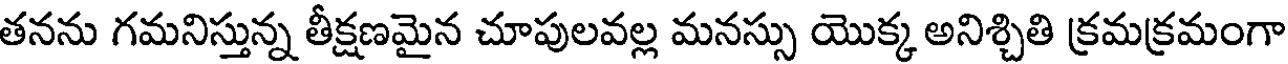
తనను గమనిస్తున్న తీక్షణమైన చూపులవల్ల మనస్సు యొక్క అనిశ్చితి క్రమక్రమంగా